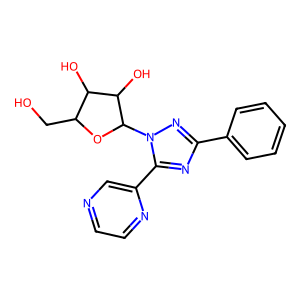
SMILES: OCC1OC(n2nc(-c3ccccc3)nc2-c2cnccn2)C(O)C1O
Inhibits HIV replication: No